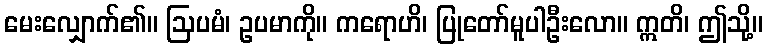
မေးလျှောက်၏။ ဩပမံ၊ ဥပမာကို။ ကရောဟိ၊ ပြုတော်မူပါဦးလော။ ဣတိ၊ ဤသို့။